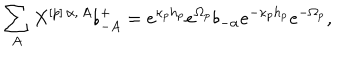
\sum _ { A } X ^ { [ p ] \, \alpha , \, A } \flat _ { - A } ^ { + } = e ^ { \kappa _ { p } h _ { p } } e ^ { \Omega _ { p } } \flat _ { - \alpha } e ^ { - \kappa _ { p } h _ { p } } e ^ { - \Omega _ { p } } ,